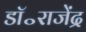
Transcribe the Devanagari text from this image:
डॉ॰राजेंद्र